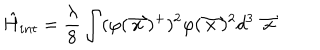
\hat { H } _ { i n t } = \frac { \lambda } { 8 } \int ( \varphi ( \stackrel { \rightharpoonup } { x } ) ^ { + } ) ^ { 2 } \varphi ( \stackrel { \rightharpoonup } { x } ) ^ { 2 } d ^ { 3 } \stackrel { \rightharpoonup } { x }